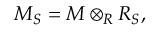
M _ { S } = M \otimes _ { R } R _ { S } ,